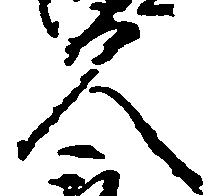
久